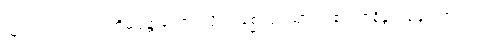
သူသည်။ ပဗ္ဗတံ၊ ဟိမဝန္တာတောင်သို့။ ဂစ္ဆေယျ၊ သွားရာ၏။ ဇနိန္ဒ၊ လူများအတွက်